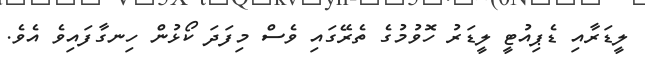
ލީޑަރާއި ޑެޕިއުޓީ ލީޑަރު ހޮވުމުގެ ތެރޭގައި ވެސް މިފަދަ ކޯޅުން ހިނގާފައިވެ އެވެ.